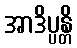
အာဒိပ္ပန္တိ